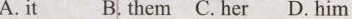
A.it B, them C. her D.him